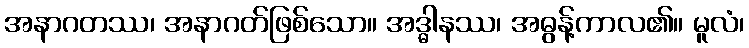
အနာဂတဿ၊ အနာဂတ်ဖြစ်သော။ အဒ္ဓါနဿ၊ အဓွန့်ကာလ၏။ မူလံ၊